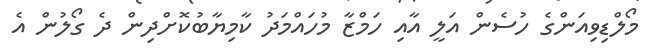
މޯލްޑިވިއަންގެ ހުސެން އަލީ އާއި ހަމްޒާ މުހައްމަދު ކާމިޔާބުކޮށްދިން ދެ ގޯލުން އެ